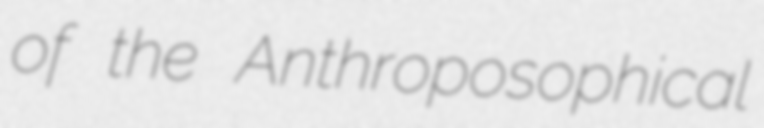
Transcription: of the Anthroposophical